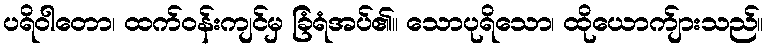
ပရိဝါတော၊ ထက်ဝန်းကျင်မှ ခြံရံအပ်၏။ သောပုရိသော၊ ထိုယောက်ျားသည်။